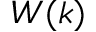
W ( k )